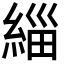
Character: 緇